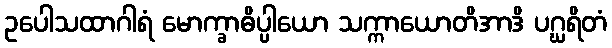
ဥပေါသထာဂါရံ မောက္ခာဓိပ္ပါယော သက္ကာယောတိအာဒိ ပဂ္ဃရိတံ